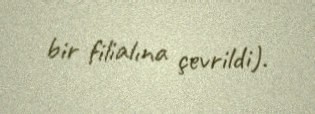
bir filialına çevrildi).